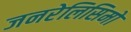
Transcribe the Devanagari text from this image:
जनरेलिसिमो